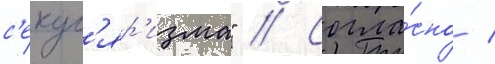
с'екул'яр'изма" // Согла́сно /